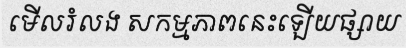
មើលរំលង សកម្មភាពនេះឡើយផ្សាយ